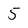
Character: 5